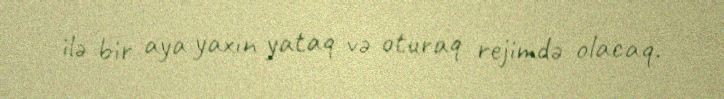
ilə bir aya yaxın yataq və oturaq rejimdə olacaq.